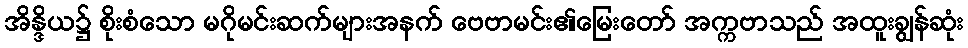
အိန္ဒိယ၌ စိုးစံသော မဂိုမင်းဆက်များအနက် ဗေဗာမင်း၏မြေးတော် အက္ကဗာသည် အထူးချွန်ဆုံး